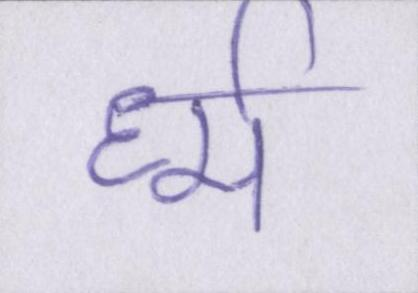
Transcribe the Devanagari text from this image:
र्ध्म